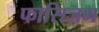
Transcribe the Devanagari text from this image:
फासिजम